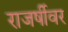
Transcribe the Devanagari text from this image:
राजर्षीवर